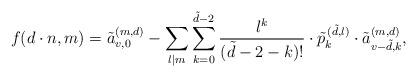
LaTeX: \begin{align*}f(d\cdot n,m)=\tilde{a}_{v,0}^{(m,d)}-\sum\limits_{l\mid m}\sum\limits_{k=0}^{\tilde{d}-2}\dfrac{l^k}{(\tilde{d}-2-k)!}\cdot\tilde{p}_{k}^{\,(\tilde{d},l)}\cdot \tilde{a}_{v-\tilde{d},k}^{(m,d)},\end{align*}